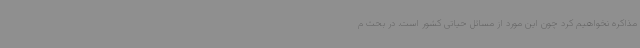
مذاکره نخواهیم کرد چون این مورد از مسائل حیاتی کشور است. در بحث م